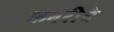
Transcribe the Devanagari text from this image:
कबरीचे